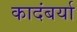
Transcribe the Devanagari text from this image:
कादंबर्या